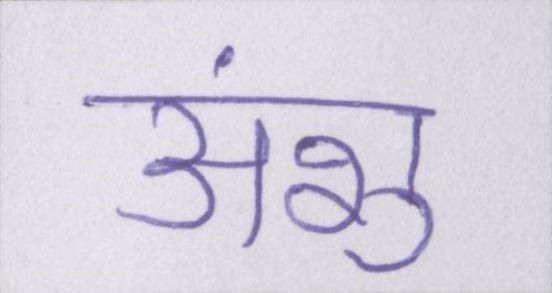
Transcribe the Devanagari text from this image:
अंशु